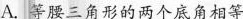
A.等腰三角形的两个底角相等